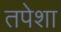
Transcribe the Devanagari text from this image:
तपेशा